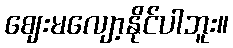
ဈေးမလျော့နိုင်ပါဘူး။